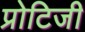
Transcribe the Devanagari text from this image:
प्रोटिजी